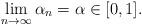
LaTeX: \begin{align*}\lim_{n \to \infty} \alpha_n = \alpha \in [0,1].\end{align*}